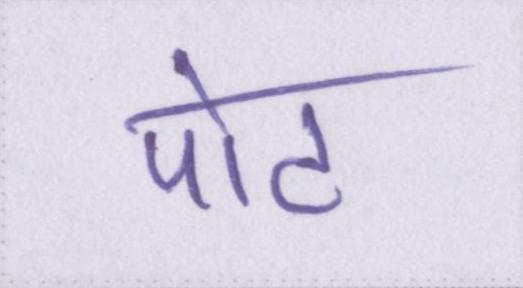
पोट